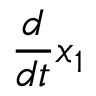
\frac { d } { d t } x _ { 1 }